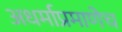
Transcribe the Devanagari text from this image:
अधर्माप्रमाणेच